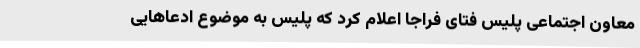
معاون اجتماعی پلیس فتای فراجا اعلام کرد که پلیس به موضوع ادعاهایی